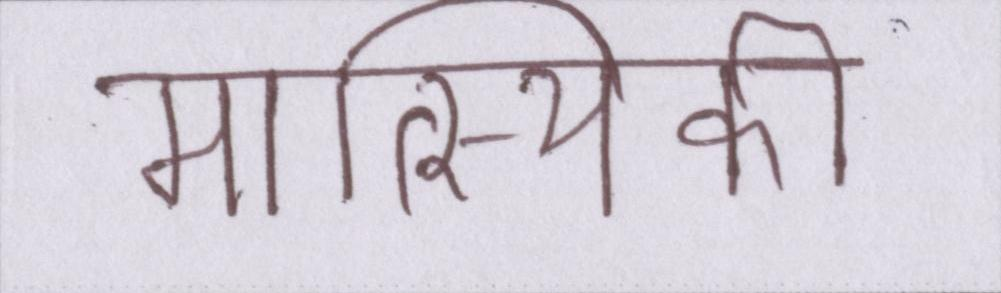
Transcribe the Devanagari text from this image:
मात्स्यिकी